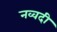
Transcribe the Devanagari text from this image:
नव्वदी